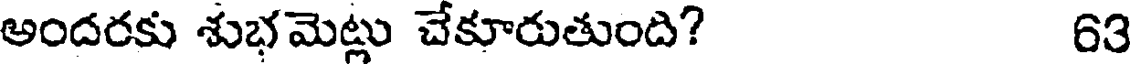
అందరకు శుభమెట్లు చేకూరుతుంది? 63